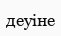
деуіне